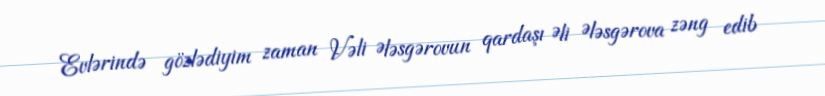
Evlərində gözlədiyim zaman Vəli Ələsgərovun qardaşı Əli Ələsgərova zəng edib